Burma Government Medical School reports 1923-41
Year: 1923
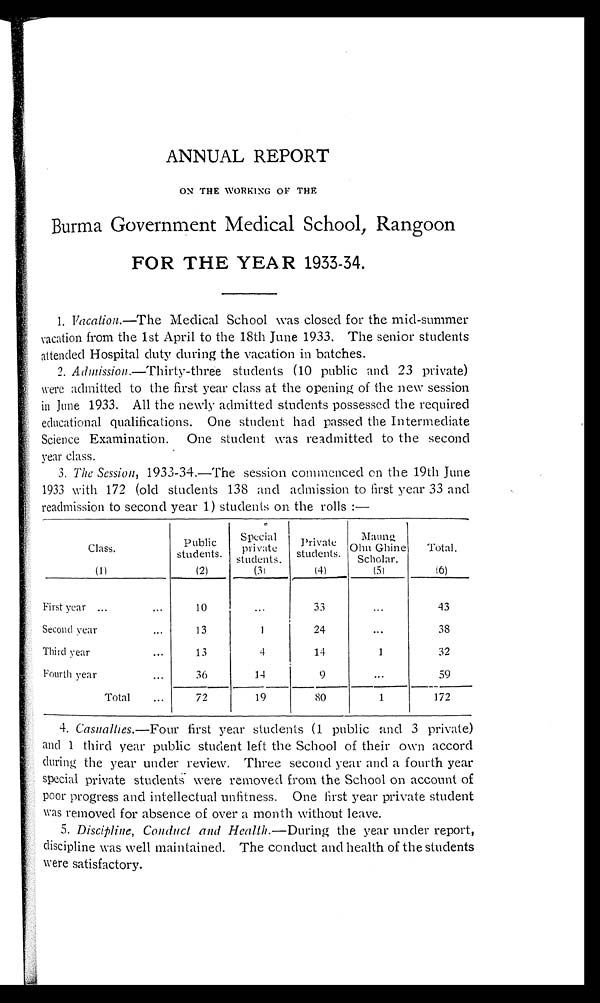
ANNUAL REPORT
ON THE WORKING OF THE
Burma Government Medical School, Rangoon
FOR THE YEAR 1933-34.
1. Vacation.—The Medical School was closed for the mid-summer
vacation from the 1st April to the 18th June 1933. The senior students
attended Hospital duty during the vacation in batches.
2. Admission.—Thirty-three students (10 public and 23 private)
were admitted to the first year class at the opening of the new session
in June 1933. All the newly admitted students possessed the required
educational qualifications. One student had passed the Intermediate
Science Examination. One student was readmitted to the second
year class.
3.
The Session, 1933-34.—The session commenced on the 19th June
1933 with 172 (old students 138 and admission to first year 33 and
readmission to second year 1) students on the rolls:—
Class.
Public
students.
Special
Private
students.
Pr i vat e st udent s.
Maung
Ohn Ghine
Scholar.
Total.
(1)
(2)
( 3 )
(4)
( 5 )
(6)
First year . . .
1 0
. . .
33
. . .
43
Second year . . .
13
1
2 4
. . .
38
Third year . . .
13
4
14
1
32
Fourth year . . .
36
14
9
. . .
59
Total . . .
72
19
80
1
172
4.
Casualties.— Four first year students (1 public and 3 private)
and 1 third year public student left the School of their own accord
during the year under review. Three second year and a fourth year
special private students were removed from the School on account of
poor progress and intellectual unfitness. One first year private student
was removed for absence of over a month without leave.
5. Discipline, Conduct and Health .—During the year under report,
discipline was well maintained. The conduct and health of the students
were satisfactory.